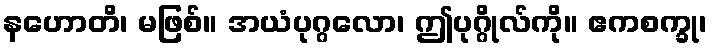
နဟောတိ၊ မဖြစ်။ အယံပုဂ္ဂလော၊ ဤပုဂ္ဂိုလ်ကို။ ဧကစက္ခု၊